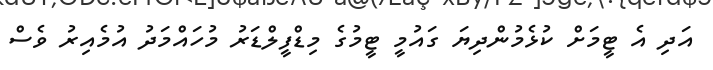
އަދި އެ ޓީމަށް ކުޅެމުންދިޔަ ގައުމީ ޓީމުގެ މިޑްފީލްޑަރު މުހައްމަދު އުމެއިރު ވެސް